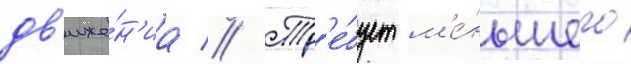
дв'иже́н'иа // Тр'е́бует м'е́ньшего